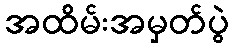
အထိမ်းအမှတ်ပွဲ